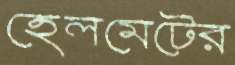
হেলমেটের